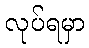
လုပ်ရမှာ